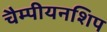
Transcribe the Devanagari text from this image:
चैम्पीयनशिप